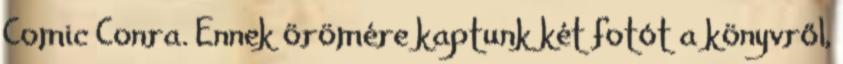
Comic Conra. Ennek örömére kaptunk két fotót a könyvről,